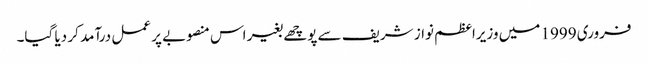
فروری 1999 میں وزیراعظم نواز شریف سے پوچھے بغیر اس منصوبے پر عمل درآمد کر دیا گیا۔